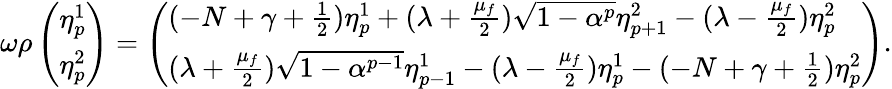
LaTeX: \omega\rho\left(\begin{array}{l}{{\eta_{p}^{1}}}\\ {{\eta_{p}^{2}}}\end{array}\right)=\left(\begin{array}{l}{{(-N+\gamma+\frac{1}{2})\eta_{p}^{1}+(\lambda+\frac{\mu_{f}}{2})\sqrt{1-\alpha^{p}}\eta_{p+1}^{2}-(\lambda-\frac{\mu_{f}}{2})\eta_{p}^{2}}}\\ {{(\lambda+\frac{\mu_{f}}{2})\sqrt{1-\alpha^{p-1}}\eta_{p-1}^{1}-(\lambda-\frac{\mu_{f}}{2})\eta_{p}^{1}-(-N+\gamma+\frac{1}{2})\eta_{p}^{2}}}\end{array}\right).